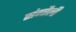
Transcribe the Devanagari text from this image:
संगौली